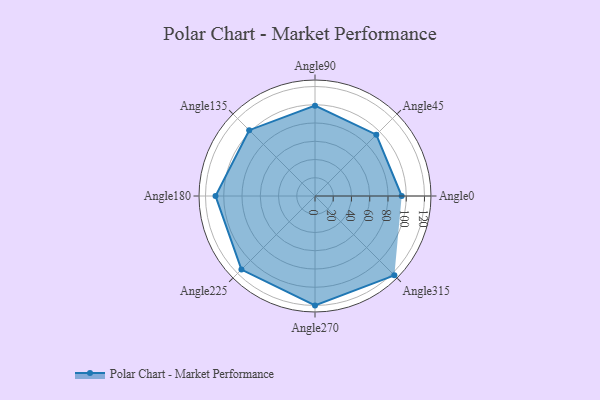
{"axis": {"x": "Angle", "y": "Radius"}, "legend": [""], "data": [{"x": "Angle0", "y": 95.0, "type": ""}, {"x": "Angle45", "y": 95.0, "type": ""}, {"x": "Angle90", "y": 99.0, "type": ""}, {"x": "Angle135", "y": 102.0, "type": ""}, {"x": "Angle180", "y": 109.0, "type": ""}, {"x": "Angle225", "y": 114.0, "type": ""}, {"x": "Angle270", "y": 120.0, "type": ""}, {"x": "Angle315", "y": 123.0, "type": ""}]}